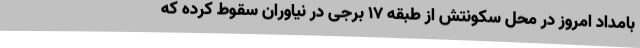
بامداد امروز در محل سکونتش از طبقه ۱۷ برجی در نیاوران سقوط کرده که